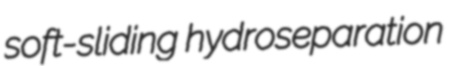
soft-sliding hydroseparation